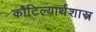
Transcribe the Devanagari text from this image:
कौटिल्यार्थशास्त्र